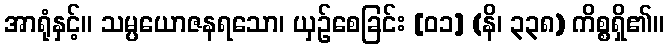
အာရုံနှင့်။ သမ္ပယောဇနရသော၊ ယှဉ်စေခြင်း [၀၁] (နိ၊ ၃၃၈) ကိစ္စရှိ၏။